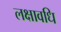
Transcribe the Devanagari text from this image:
लक्षावधि